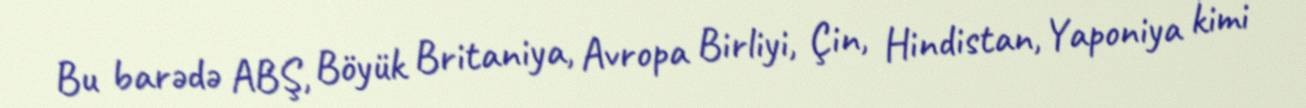
Bu barədə ABŞ, Böyük Britaniya, Avropa Birliyi, Çin, Hindistan, Yaponiya kimi